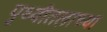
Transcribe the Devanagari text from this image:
पृथ्वीतलाच्या